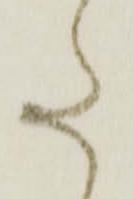
た